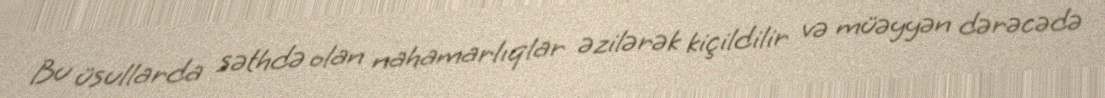
Bu üsullarda səthdə olan nahamarlıqlar əzilərək kiçildilir və müəyyən dərəcədə